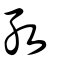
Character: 孜